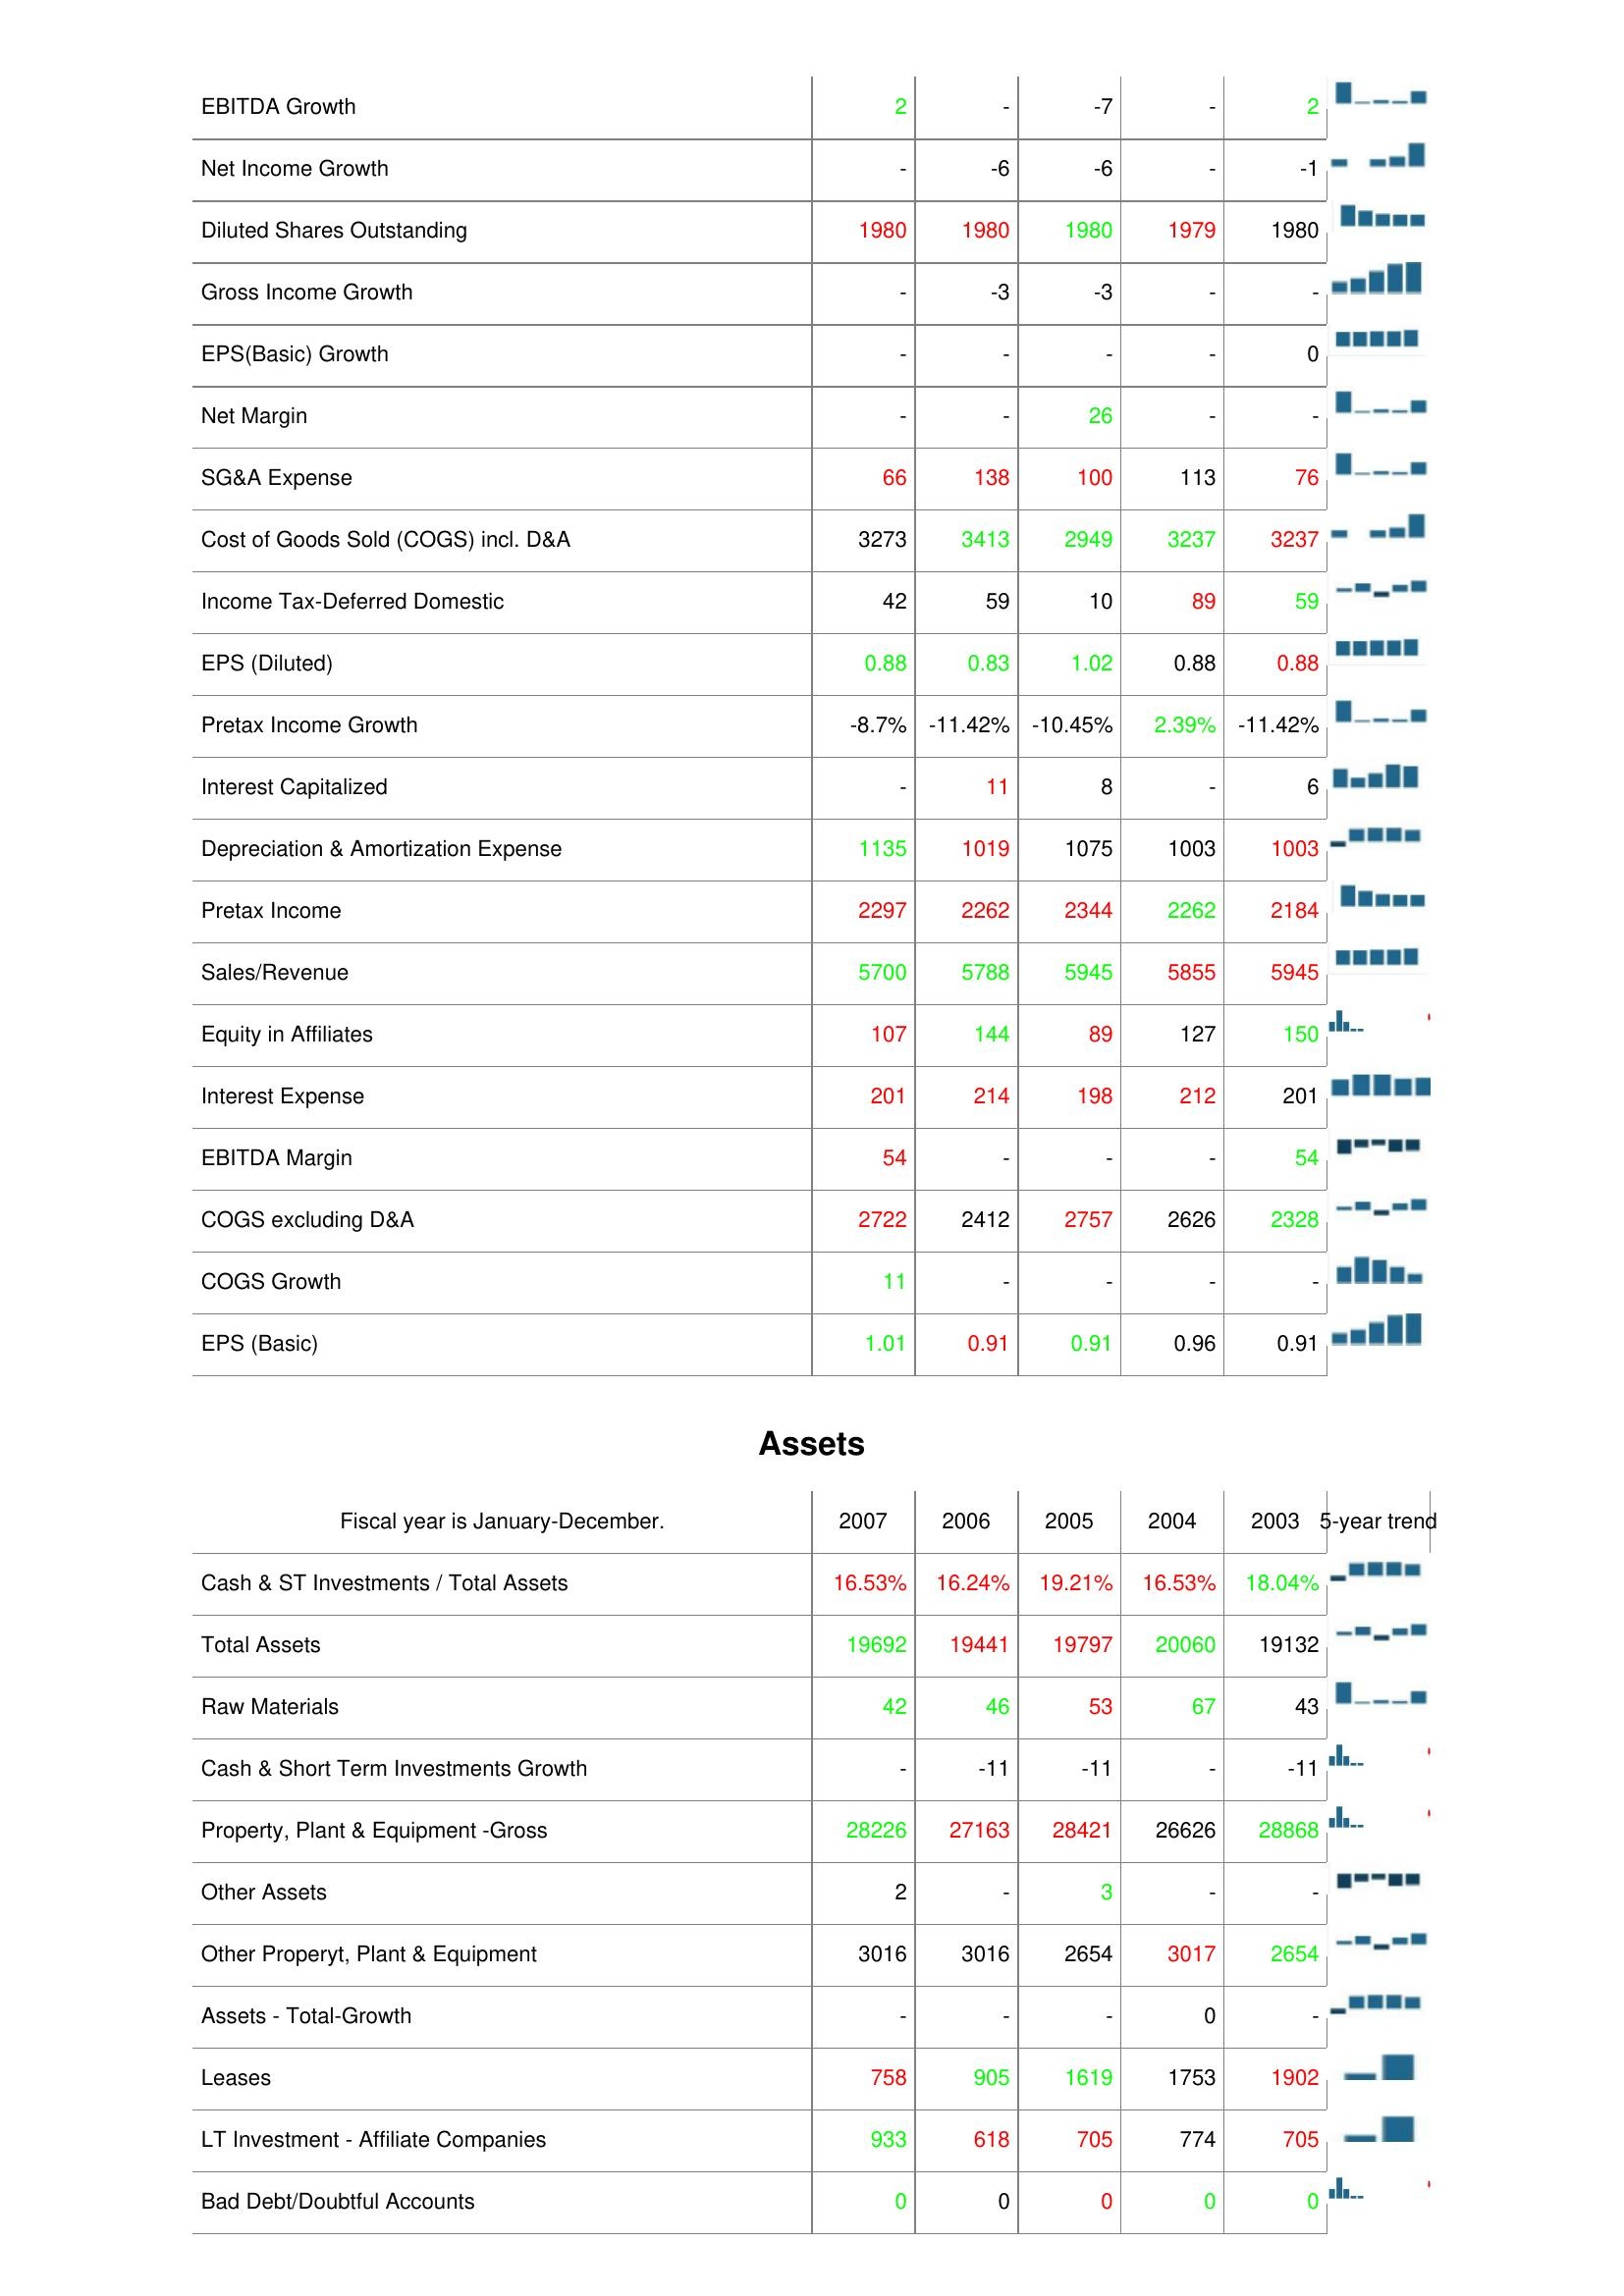
2007: : EBITDA Growth: 2
Net Income Growth: -
Diluted Shares Outstanding: 1980
Gross Income Growth: -
EPS(Basic) Growth: -
Net Margin: -
SG&A Expense: 66
Cost of Goods Sold (COGS) incl. D&A: 3273
Income Tax-Deferred Domestic: 42
EPS (Diluted): 0.88
Pretax Income Growth: -8.7%
Interest Capitalized: -
Depreciation & Amortization Expense: 1135
Pretax Income: 2297
Sales/Revenue: 5700
Equity in Affiliates: 107
Interest Expense: 201
EBITDA Margin: 54
COGS excluding D&A: 2722
COGS Growth: 11
EPS (Basic): 1.01
Assets: Cash & ST Investments / Total Assets: 16.53%
Total Assets: 19692
Raw Materials: 42
Cash & Short Term Investments Growth: -
Property, Plant & Equipment -Gross: 28226
Other Assets: 2
Other Properyt, Plant & Equipment: 3016
Assets - Total-Growth: -
Leases: 758
LT Investment - Affiliate Companies: 933
Bad Debt/Doubtful Accounts: 0
2006: : EBITDA Growth: -
Net Income Growth: -6
Diluted Shares Outstanding: 1980
Gross Income Growth: -3
EPS(Basic) Growth: -
Net Margin: -
SG&A Expense: 138
Cost of Goods Sold (COGS) incl. D&A: 3413
Income Tax-Deferred Domestic: 59
EPS (Diluted): 0.83
Pretax Income Growth: -11.42%
Interest Capitalized: 11
Depreciation & Amortization Expense: 1019
Pretax Income: 2262
Sales/Revenue: 5788
Equity in Affiliates: 144
Interest Expense: 214
EBITDA Margin: -
COGS excluding D&A: 2412
COGS Growth: -
EPS (Basic): 0.91
Assets: Cash & ST Investments / Total Assets: 16.24%
Total Assets: 19441
Raw Materials: 46
Cash & Short Term Investments Growth: -11
Property, Plant & Equipment -Gross: 27163
Other Assets: -
Other Properyt, Plant & Equipment: 3016
Assets - Total-Growth: -
Leases: 905
LT Investment - Affiliate Companies: 618
Bad Debt/Doubtful Accounts: 0
2005: : EBITDA Growth: -7
Net Income Growth: -6
Diluted Shares Outstanding: 1980
Gross Income Growth: -3
EPS(Basic) Growth: -
Net Margin: 26
SG&A Expense: 100
Cost of Goods Sold (COGS) incl. D&A: 2949
Income Tax-Deferred Domestic: 10
EPS (Diluted): 1.02
Pretax Income Growth: -10.45%
Interest Capitalized: 8
Depreciation & Amortization Expense: 1075
Pretax Income: 2344
Sales/Revenue: 5945
Equity in Affiliates: 89
Interest Expense: 198
EBITDA Margin: -
COGS excluding D&A: 2757
COGS Growth: -
EPS (Basic): 0.91
Assets: Cash & ST Investments / Total Assets: 19.21%
Total Assets: 19797
Raw Materials: 53
Cash & Short Term Investments Growth: -11
Property, Plant & Equipment -Gross: 28421
Other Assets: 3
Other Properyt, Plant & Equipment: 2654
Assets - Total-Growth: -
Leases: 1619
LT Investment - Affiliate Companies: 705
Bad Debt/Doubtful Accounts: 0
2004: : EBITDA Growth: -
Net Income Growth: -
Diluted Shares Outstanding: 1979
Gross Income Growth: -
EPS(Basic) Growth: -
Net Margin: -
SG&A Expense: 113
Cost of Goods Sold (COGS) incl. D&A: 3237
Income Tax-Deferred Domestic: 89
EPS (Diluted): 0.88
Pretax Income Growth: 2.39%
Interest Capitalized: -
Depreciation & Amortization Expense: 1003
Pretax Income: 2262
Sales/Revenue: 5855
Equity in Affiliates: 127
Interest Expense: 212
EBITDA Margin: -
COGS excluding D&A: 2626
COGS Growth: -
EPS (Basic): 0.96
Assets: Cash & ST Investments / Total Assets: 16.53%
Total Assets: 20060
Raw Materials: 67
Cash & Short Term Investments Growth: -
Property, Plant & Equipment -Gross: 26626
Other Assets: -
Other Properyt, Plant & Equipment: 3017
Assets - Total-Growth: 0
Leases: 1753
LT Investment - Affiliate Companies: 774
Bad Debt/Doubtful Accounts: 0
2003: : EBITDA Growth: 2
Net Income Growth: -1
Diluted Shares Outstanding: 1980
Gross Income Growth: -
EPS(Basic) Growth: 0
Net Margin: -
SG&A Expense: 76
Cost of Goods Sold (COGS) incl. D&A: 3237
Income Tax-Deferred Domestic: 59
EPS (Diluted): 0.88
Pretax Income Growth: -11.42%
Interest Capitalized: 6
Depreciation & Amortization Expense: 1003
Pretax Income: 2184
Sales/Revenue: 5945
Equity in Affiliates: 150
Interest Expense: 201
EBITDA Margin: 54
COGS excluding D&A: 2328
COGS Growth: -
EPS (Basic): 0.91
Assets: Cash & ST Investments / Total Assets: 18.04%
Total Assets: 19132
Raw Materials: 43
Cash & Short Term Investments Growth: -11
Property, Plant & Equipment -Gross: 28868
Other Assets: -
Other Properyt, Plant & Equipment: 2654
Assets - Total-Growth: -
Leases: 1902
LT Investment - Affiliate Companies: 705
Bad Debt/Doubtful Accounts: 0